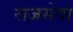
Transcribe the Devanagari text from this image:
राजसेवा